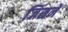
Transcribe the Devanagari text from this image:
जिंसने